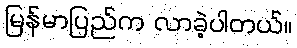
မြန်မာပြည်က လာခဲ့ပါတယ်။